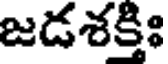
జడశక్తిః